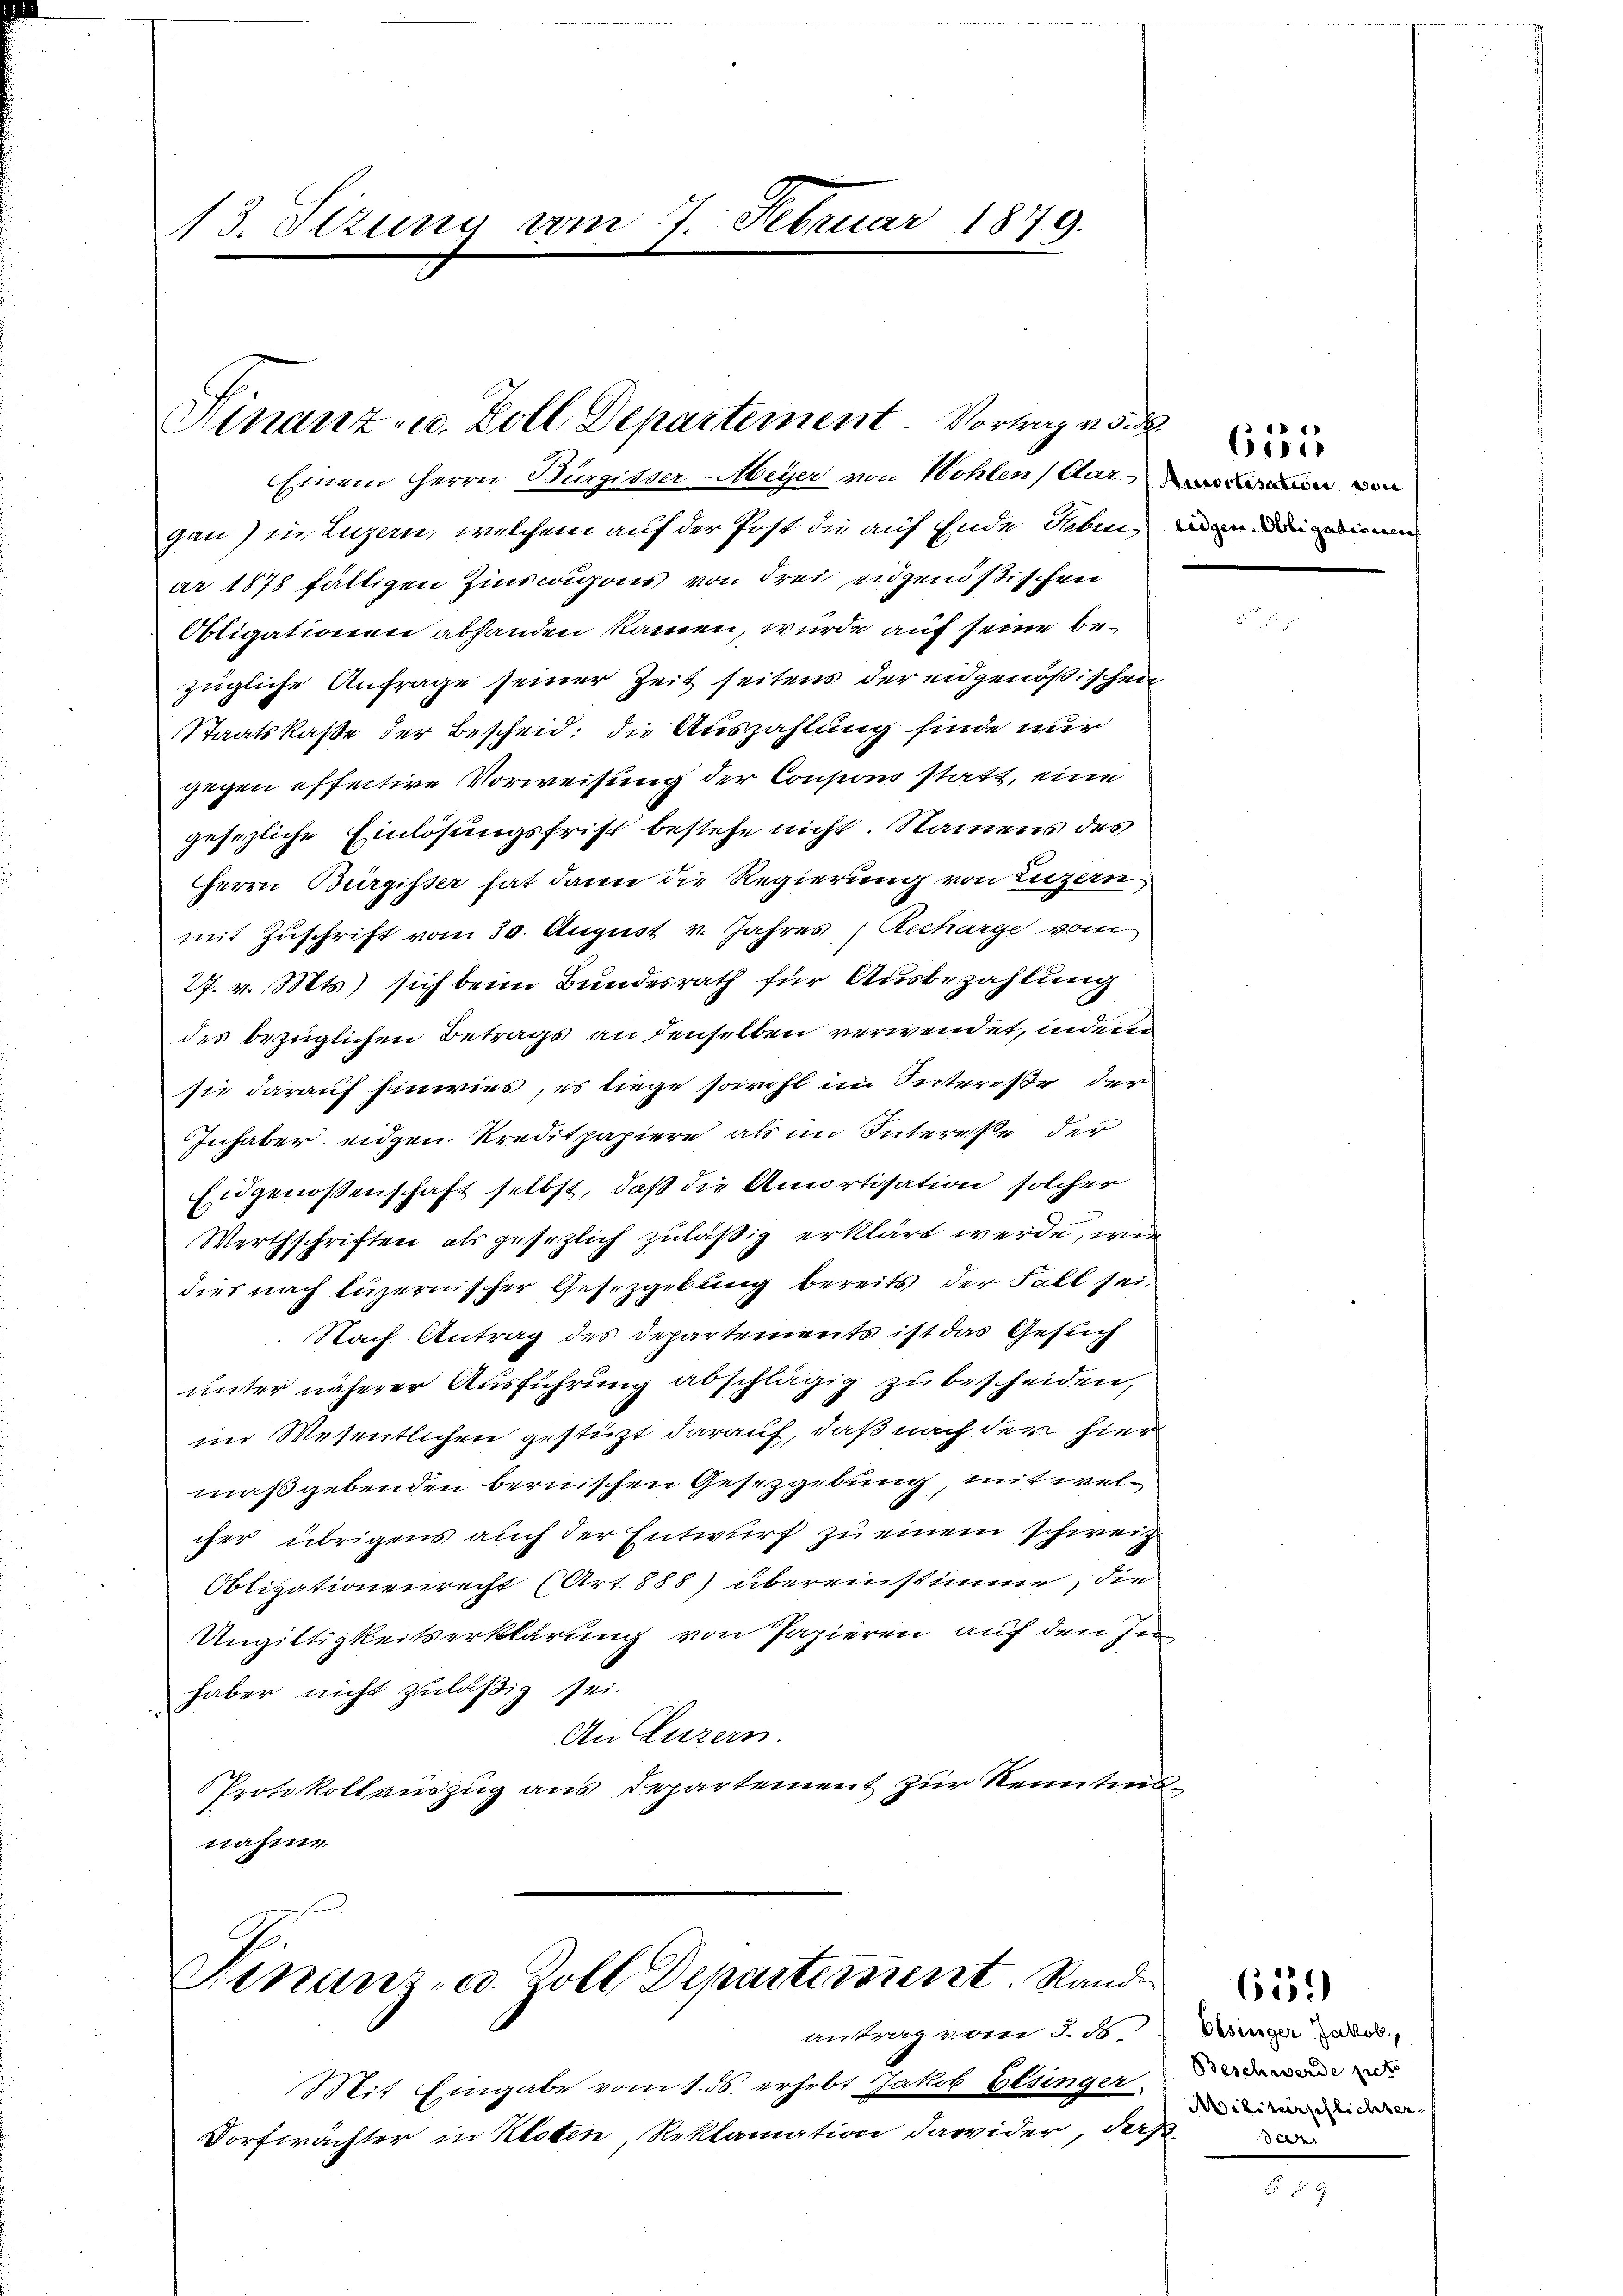
13. Sizung vom 7. Februar 1879.

Finanz- u. Zoll Departement Vortrag v.

Einem Herrn Bürgisser-Meyer von Wohlen (Aarin von
gau) in Luzern, welchem auf der Post die auf Ende Gebin, den
ar 1878 fälligen Zinscrigons von Frei eidgenößischen
Obligationen abhanden kamen, wurde auf seine bezügliche Anfrage seiner Zeit seitens der eidgenößischen
Staatskasse der Bescheid: die Auszahlung finde nur
gegen effective Vorweisung der Consioni statt, eine
gesezliche Einlösungsfrist bestehe nicht. Namens des
Herrn Bürgisser hat dann die Regierung von Luzern
mit Zuschrift vom 30. August v. Jahres Recharge vom
27. v. Mts.) sich beim Bundesrath für Ausbezahlung
des bezüglichen Betrags an denselben verwendet, indem
sie darauf hinwies, es liege sowohl im Intereße der
Inhaber eidgen Kreditpapiere als im Interesse der
Eidgenossenschaft selbst, daß die Amortisation solcher
Werthschriften als gesezlich zuläßig erklärt werde, wie
dies nach Luzernischer Gesetzgebung bereits der Fall sei.
Nach Antrag des Departements ist das Gesuch
unter näherer Ausführung abschlägig zu bescheiden,
im Wesentlichen gestüzt darauf, daß nach der hier
maßgebenden bernischen Gesetzgebung, mit welcher übrigens auch der Entwurf zu einem schweiz.
Obligationenrecht (Art. 888) übereinstimme, die
Ungiltigkeitserklärung von Papieren auf den Inhaber nicht zuläßig sei.
An Luzern.
Protokollauszug aus Departement zur Kenntens
nahme

E
Ginanz- u. Zoll Departement. Rand
antrag vom 3. ds

Mit Eingabe vom 1. ds. erhebt Jakob Besinger
Dorfwächter in Kloten, Reklamation dawider, daß

61

3

Obsinger Jakob,
Beschwerde jetz
Militärpflichter
de

659